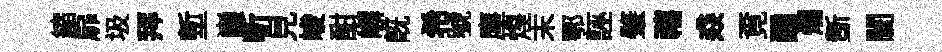
縮扉圾拜塹巔斬見峻酣嶰旣希號塵煌末鄂誣肇禧猋覔醺爛斵闤